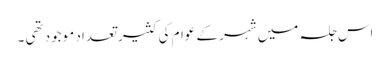
اس جلسہ میں شہر کے عوام کی کثیر تعداد موجود تھی ۔